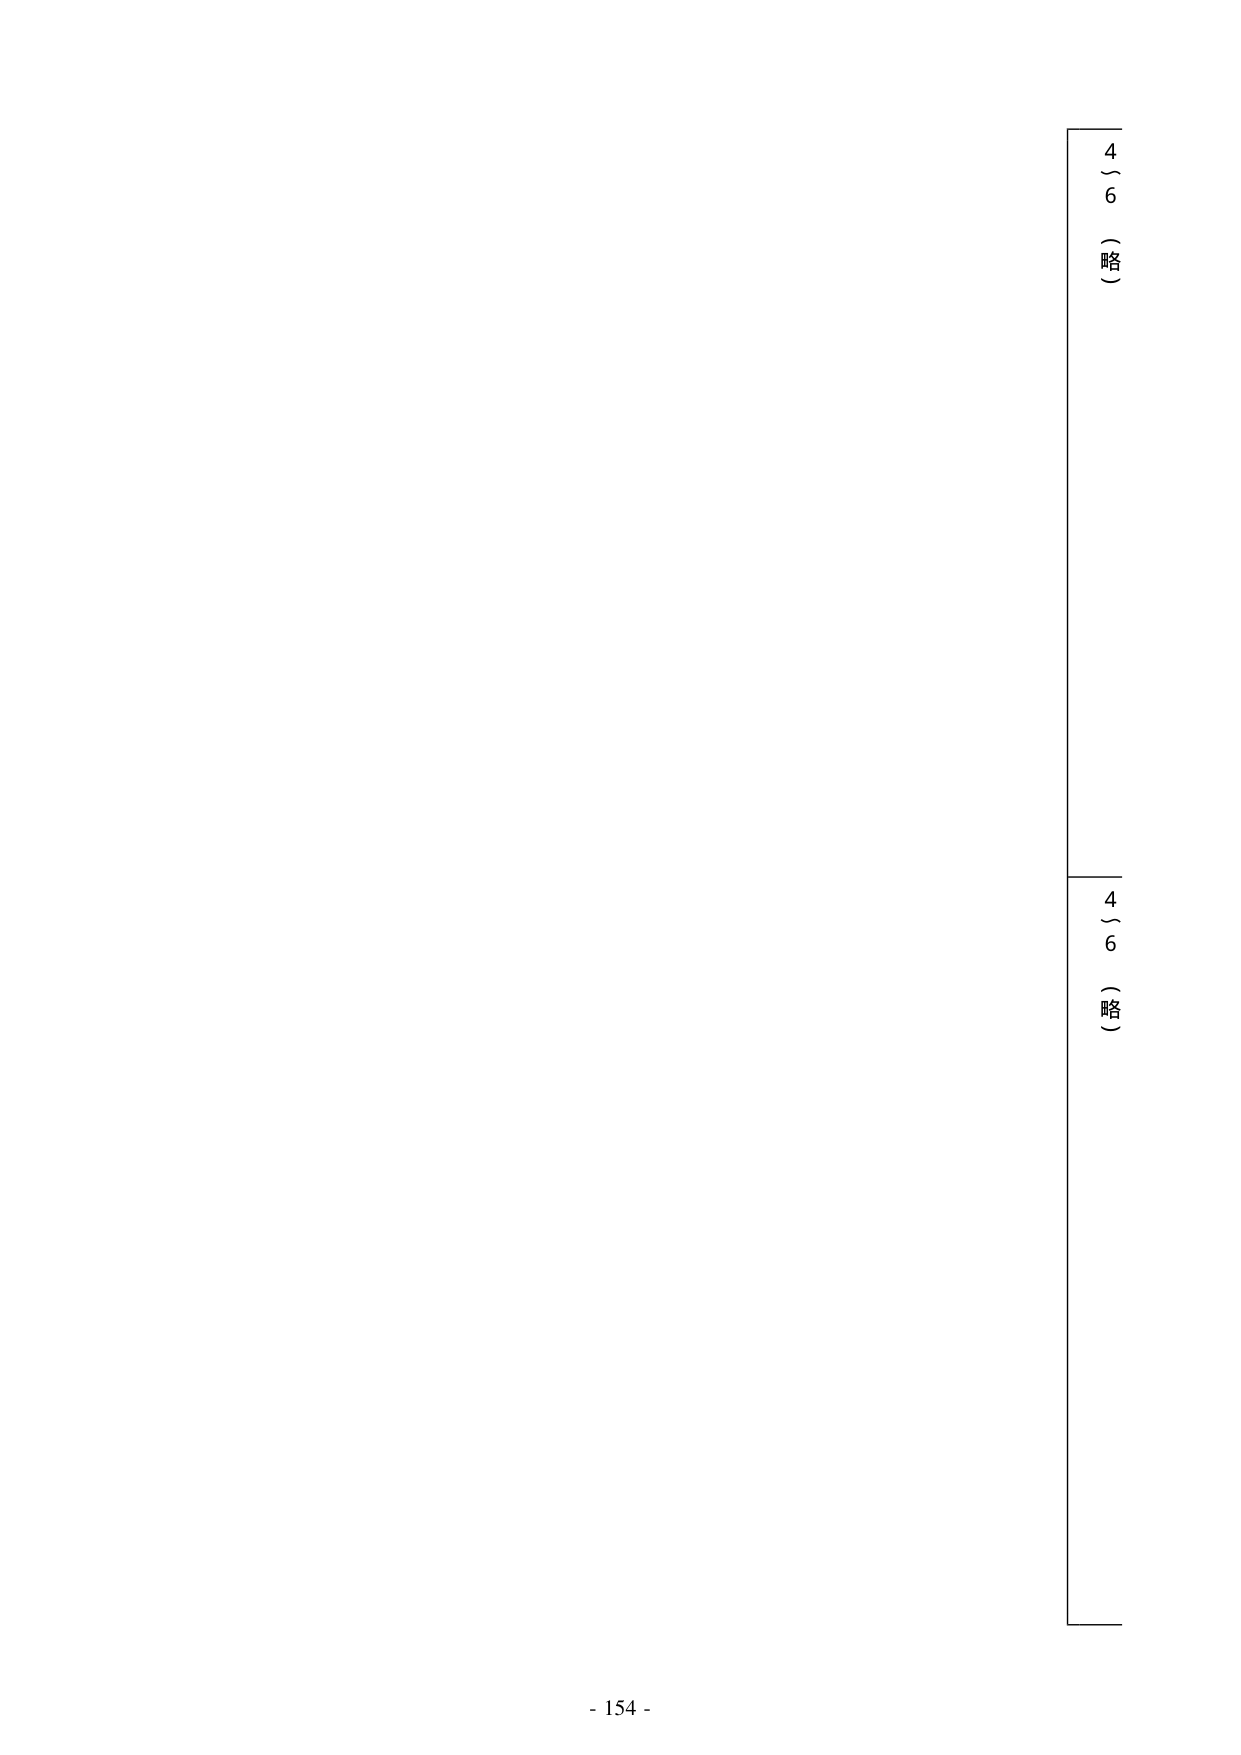
4～6（略）
4～6（略）
- 154 -